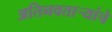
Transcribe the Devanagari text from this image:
अतिनवताऱ्यांचे